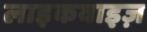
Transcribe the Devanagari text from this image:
लाइकवाइज़